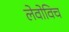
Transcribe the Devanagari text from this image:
लेवोविच